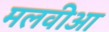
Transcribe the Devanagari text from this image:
मलवीआ